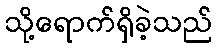
သို့ရောက်ရှိခဲ့သည်